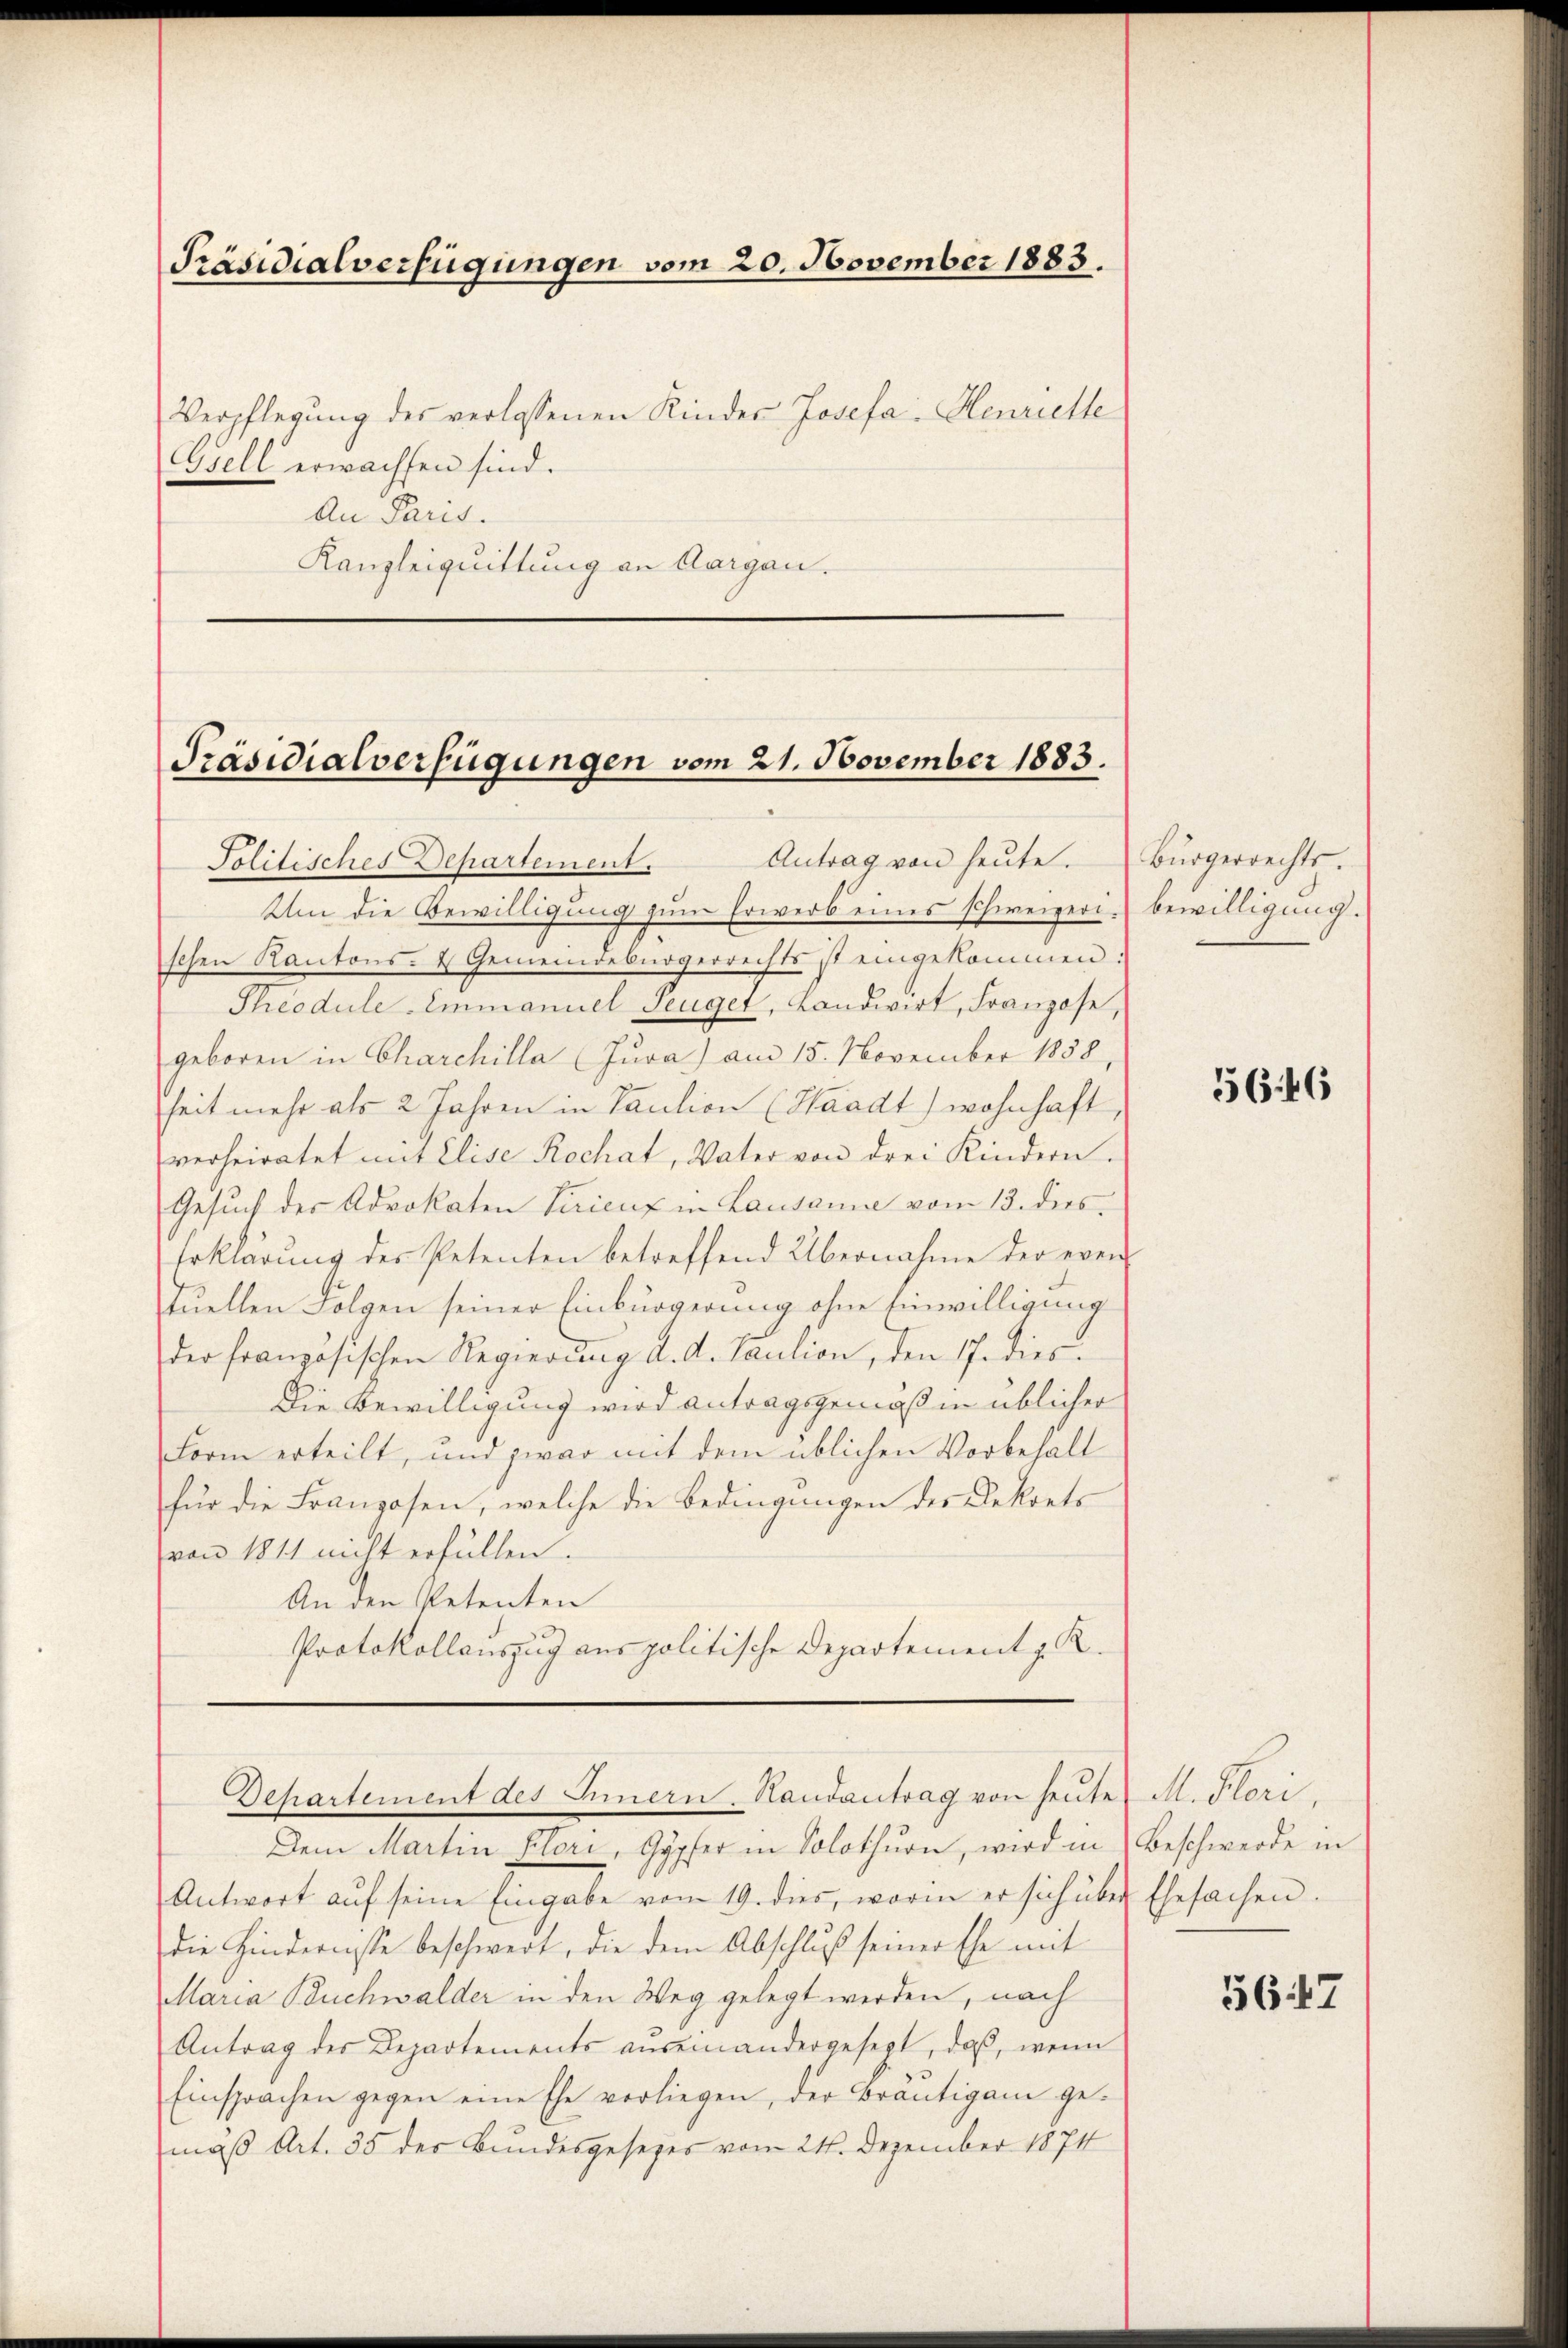
Präsidialverfügungen vom 20. November 1883.

Verpflegung des verlassenen Kinder Josefa Henriette
Gsell erwachsen sind.
An Paris.
Kanzleiquittung an Aargau.

Präsidialverfügungen vom 21. November 1883.

Dehartement des Innern Handantrag von heute

Antrag von heute.
Politisches Departement.
Um die Bewilligŭng zŭm Erwerb eines schweizeri. bewilligung.
schen Kantons- & Gemeindebürgerrechts ist eingekommen:
Theodule-Emmanuel Peuget, Landwirt, Franzose,
geboren in Charchilla (Juva) am 15. November 1858,
heit mehr als 2 Jahren in Kaution (Waadt) wohnhaft
verheiratet mit Elise Rochat, Vater von drei Kindern.
Gesŭch des Advokaten Siricus in Lausanne vom 13. dies
Erklärung des Petenten betreffend Übernahme der even-
tuellen Folgen seiner Einbürgerung ohne Einwilligung
der französischen Regierung d. d. Taution, den 17. dies¬
Die Bewilligung wird antragsgemäß in üblicher
Form erteilt, und zwar mit dem üblichen Vorbehalt
für die Franzosen, welche die Bedingungen des Dekrets
von 1811 nicht erfüllen.
An den Petenten
Protokollauszug aus politische Departement z. R.

Dem Martin Flori, Gypfer in Solothurn, wird in Beschwerde in
Antwort auf seine Eingabe vom 19. dies, worin er sich über Ehesachen.
die Hindernisse beschwert, die dem Abschluß seiner Ehe mit
Maria Buchwalder in den Weg gelegt werden, nach
Antrag des Departements auseinandergesezt, daß, wenn
Einsprachen gegen eine Ehe vorliegen, der Bräutigam gemäß Art. 35 der Bundesgesezes vom 21. Dezember 1874

Bürgerrechts.

5646

M. Stari,

5647